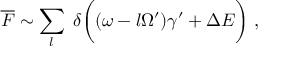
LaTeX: \overline { { { \cal F } } } \sim \sum _ { l } \; \delta \biggl ( ( \omega - l \Omega ^ { \prime } ) \gamma ^ { \prime } + \Delta E \biggr ) \; ,